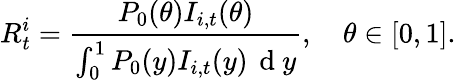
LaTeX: R_{t}^{i}=\frac{P_{0}(\theta)I_{i,t}(\theta)}{\int_{0}^{1}P_{0}(y)I_{i,t}(y)\, \mathrm{~d~}y},\quad\theta\in[0,1].